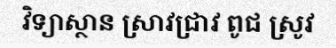
វិទ្យាស្ថាន ស្រាវជ្រាវ ពូជ ស្រូវ